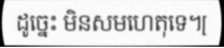
ដូច្នេះ មិនសមហេតុទេ។[